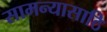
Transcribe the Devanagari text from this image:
सामन्यासाठि